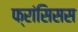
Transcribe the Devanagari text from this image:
फ्रांसिसस